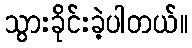
သွားခိုင်းခဲ့ပါတယ်။